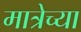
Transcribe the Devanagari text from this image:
मात्रेच्या